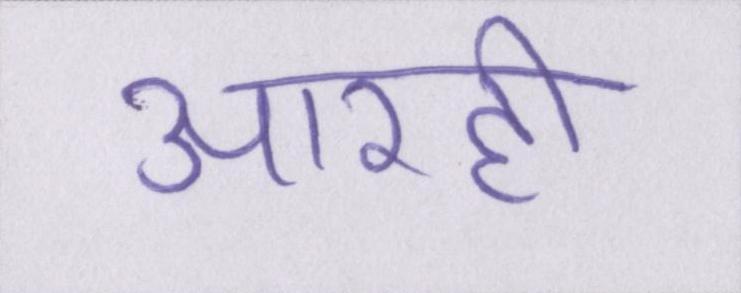
आरही